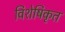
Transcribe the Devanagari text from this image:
विशेषिकृत